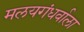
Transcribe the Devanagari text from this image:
मलयगंधर्वाला